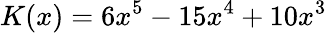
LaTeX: K(x)=6x^{5}-15x^{4}+10x^{3}